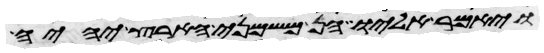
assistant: ויאמר אליו הן משמני הארץ יהיה